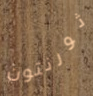
ثورنتون